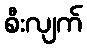
စီးလျက်